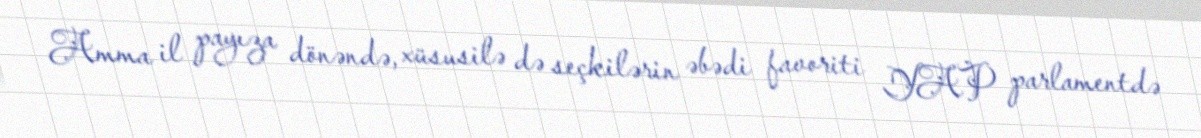
Amma il payıza dönəndə, xüsusilə də seçkilərin əbədi favoriti YAP parlamentdə